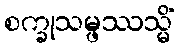
စက္ခုသမ္ဖဿသ္မိံ